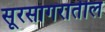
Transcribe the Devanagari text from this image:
सूरसागरातील